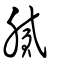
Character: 膩